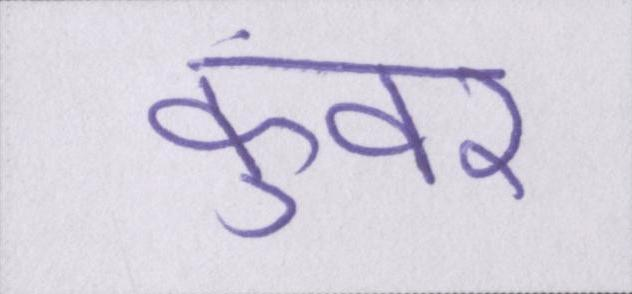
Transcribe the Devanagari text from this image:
कुंवर